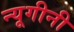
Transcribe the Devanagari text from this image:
न्यूगीनी